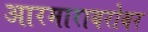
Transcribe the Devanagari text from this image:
आरमाराबरोबर